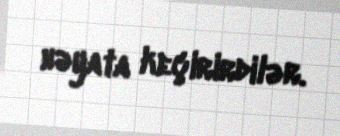
həyata keçirirdilər.